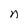
Character: n